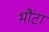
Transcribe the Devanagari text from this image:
भौंटा